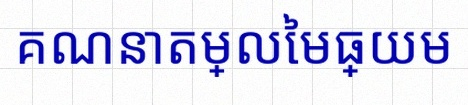
គណនាតម្លៃមធ្យម